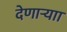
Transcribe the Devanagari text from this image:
देणाऱ्याा